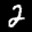
Label: 2